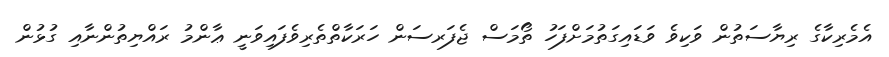
އެމެރިކާގެ ރިޔާސަތުން ވަކިވެ ވަޑައިގަތުމަށްފަހު ތޯމަސް ޖެފަރސަން ހަރަކާތްތެރިވެފައިވަނީ ޢާންމު ރައްޔިތުންނާއި ގުޅުން